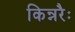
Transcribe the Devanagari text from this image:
किन्नरैः